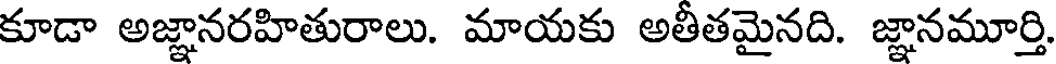
కూడా అజ్ఞానరహితురాలు. మాయకు అతీతమైనది. జ్ఞానమూర్తి